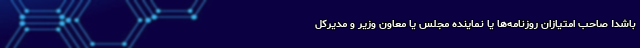
باشد! صاحب امتیازان روزنامه‌ها یا نماینده مجلس یا معاون وزیر و مدیرکل